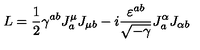
L = \frac { 1 } { 2 } \gamma ^ { a b } J _ { a } ^ { \mu } J _ { \mu b } - i \frac { \varepsilon ^ { a b } } { \sqrt { - \gamma } } J _ { a } ^ { \alpha } J _ { \alpha b } \nonumber